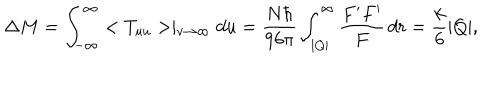
\Delta M = \int _ { - \infty } ^ { \infty } < T _ { u u } > \mid _ { v \rightarrow \infty } d u = \frac { N \hbar } { 9 6 \pi } \int _ { | Q | } ^ { \infty } \frac { F ^ { \prime } F ^ { \prime } } { F } \, d r = \frac { k } { 6 } | Q | ,